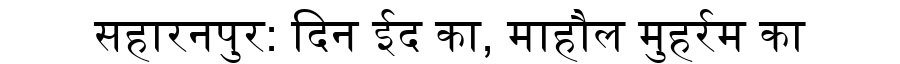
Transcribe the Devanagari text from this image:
सहारनपुर: दिन ईद का, माहौल मुहर्रम का